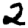
Digit: 2